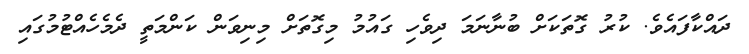
ދައްކާފައެވެ. ކުރު ގޮތަކަށް ބުނާނަމަ ދިވެހި ގައުމު މިގޮތަށް މިނިވަން ކަންމަތީ ދެމެހެއްޓުމުގައި